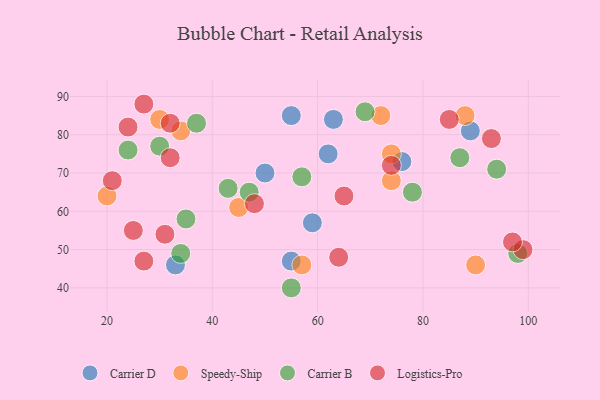
{"axis": {"x": "GDP", "y": "Life Expectancy"}, "legend": ["Carrier B", "Carrier D", "Logistics-Pro", "Speedy-Ship"], "data": [{"x": "55", "y": 47, "type": "Carrier D"}, {"x": "76", "y": 73, "type": "Carrier D"}, {"x": "33", "y": 46, "type": "Carrier D"}, {"x": "89", "y": 81, "type": "Carrier D"}, {"x": "63", "y": 84, "type": "Carrier D"}, {"x": "55", "y": 85, "type": "Carrier D"}, {"x": "62", "y": 75, "type": "Carrier D"}, {"x": "50", "y": 70, "type": "Carrier D"}, {"x": "59", "y": 57, "type": "Carrier D"}, {"x": "74", "y": 68, "type": "Speedy-Ship"}, {"x": "90", "y": 46, "type": "Speedy-Ship"}, {"x": "74", "y": 75, "type": "Speedy-Ship"}, {"x": "72", "y": 85, "type": "Speedy-Ship"}, {"x": "88", "y": 85, "type": "Speedy-Ship"}, {"x": "30", "y": 84, "type": "Speedy-Ship"}, {"x": "34", "y": 81, "type": "Speedy-Ship"}, {"x": "45", "y": 61, "type": "Speedy-Ship"}, {"x": "57", "y": 46, "type": "Speedy-Ship"}, {"x": "20", "y": 64, "type": "Speedy-Ship"}, {"x": "35", "y": 58, "type": "Carrier B"}, {"x": "98", "y": 49, "type": "Carrier B"}, {"x": "78", "y": 65, "type": "Carrier B"}, {"x": "37", "y": 83, "type": "Carrier B"}, {"x": "47", "y": 65, "type": "Carrier B"}, {"x": "30", "y": 77, "type": "Carrier B"}, {"x": "87", "y": 74, "type": "Carrier B"}, {"x": "34", "y": 49, "type": "Carrier B"}, {"x": "69", "y": 86, "type": "Carrier B"}, {"x": "43", "y": 66, "type": "Carrier B"}, {"x": "24", "y": 76, "type": "Carrier B"}, {"x": "57", "y": 69, "type": "Carrier B"}, {"x": "55", "y": 40, "type": "Carrier B"}, {"x": "94", "y": 71, "type": "Carrier B"}, {"x": "32", "y": 74, "type": "Logistics-Pro"}, {"x": "27", "y": 88, "type": "Logistics-Pro"}, {"x": "25", "y": 55, "type": "Logistics-Pro"}, {"x": "48", "y": 62, "type": "Logistics-Pro"}, {"x": "74", "y": 72, "type": "Logistics-Pro"}, {"x": "85", "y": 84, "type": "Logistics-Pro"}, {"x": "99", "y": 50, "type": "Logistics-Pro"}, {"x": "31", "y": 54, "type": "Logistics-Pro"}, {"x": "97", "y": 52, "type": "Logistics-Pro"}, {"x": "93", "y": 79, "type": "Logistics-Pro"}, {"x": "65", "y": 64, "type": "Logistics-Pro"}, {"x": "21", "y": 68, "type": "Logistics-Pro"}, {"x": "27", "y": 47, "type": "Logistics-Pro"}, {"x": "24", "y": 82, "type": "Logistics-Pro"}, {"x": "64", "y": 48, "type": "Logistics-Pro"}, {"x": "32", "y": 83, "type": "Logistics-Pro"}]}